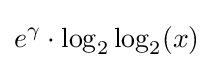
e^{\gamma }\cdot \log _{2}\log _{2}(x)